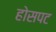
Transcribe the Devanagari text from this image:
होसपट